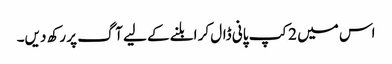
اس میں 2کپ پانی ڈال کر ابلنے کے لیے آگ پر رکھ دیں۔